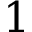
1